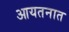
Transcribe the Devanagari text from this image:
आयतनात